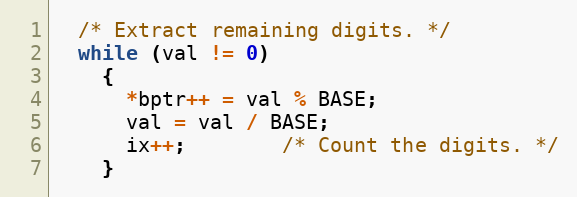
Language: C++
  /* Extract remaining digits. */
  while (val != 0)
    {
      *bptr++ = val % BASE;
      val = val / BASE;
      ix++; 		/* Count the digits. */
    }